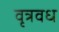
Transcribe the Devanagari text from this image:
वृत्रवध